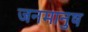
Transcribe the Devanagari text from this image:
जनमानुष